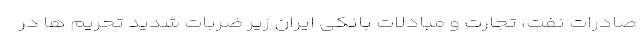
صادرات نفت، تجارت و مبادلات بانکی ایران زیر ضربات شدید تحریم ها در